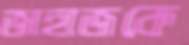
জাহাজকে